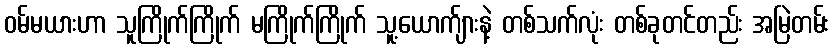
ဝမ်မယားဟာ သူကြိုက်ကြိုက် မကြိုက်ကြိုက် သူ့ယောက်ျားနဲ့ တစ်သက်လုံး တစ်ခုတင်တည်း အမြဲတမ်း